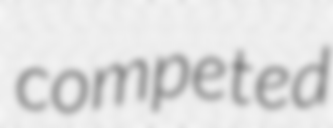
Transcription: competed